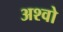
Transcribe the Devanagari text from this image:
अश्वो